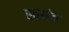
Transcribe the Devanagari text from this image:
स्वमंत्र